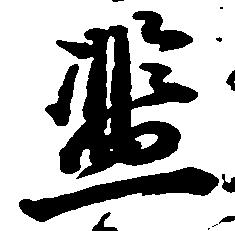
濫